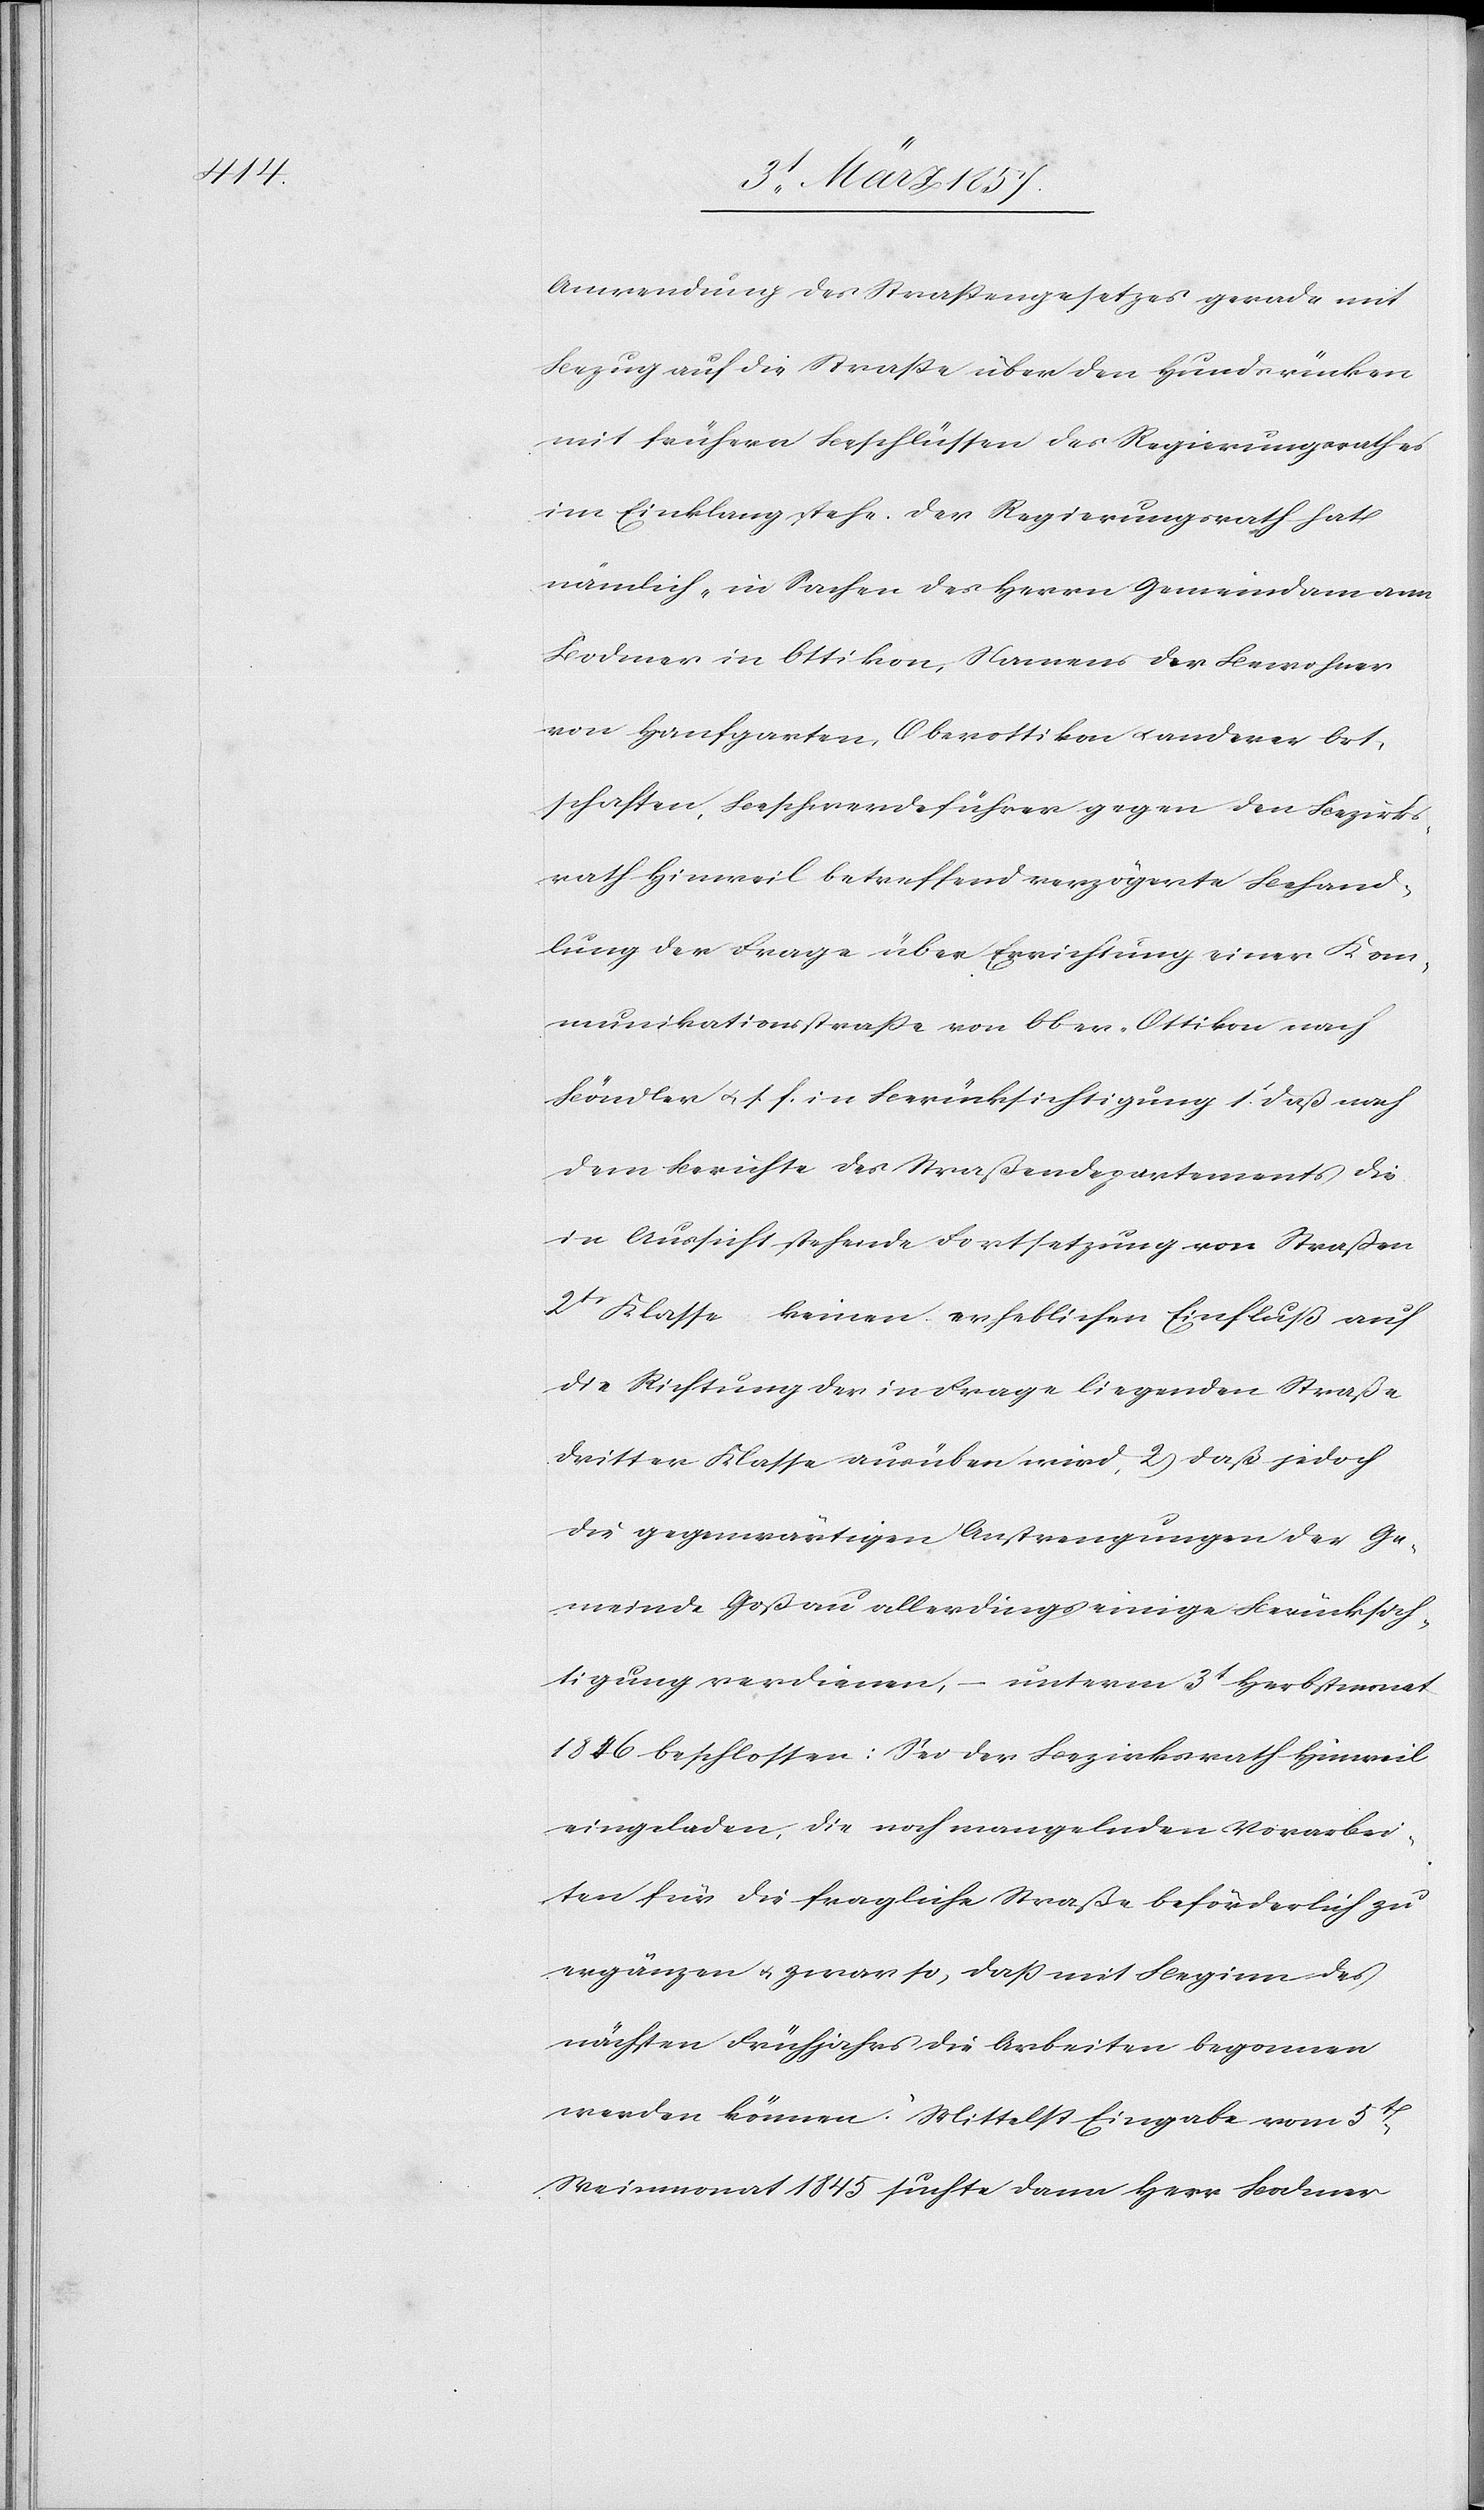
Anwendung des Straßengesetzes gerade mit
Bezug auf die Straße über den Hundsrücken
mit frühern Beschlüssen des Regierungsrathes
im Einklang stehe. Der Regierungsrath hat
nämlich, in Sachen des Herrn Gemeindamann
Bodmer in Ottikon, Namens der Bewohner
von Hanfgarten, Oberottikon u. andern Ort¬
schaften, Beschwerdeführer gegen den Bezirks¬
rath Hinweil betreffend verzögerte Behand¬
lung der Frage über Errichtung einer Kom¬
munikationsstraße von Ober-Ottikon nach
Böndler u. s. f. in Berücksichtigung 1t daß nach
dem Berichte des Straßendepartements die
in Aussicht stehende Fortsetzung von Straßen
2tr Klasse keinen erheblichen Einfluß auf
die Richtung der in Frage liegenden Straße
dritter Klasse ausüben wird, 2) daß jedoch
die gegenwärtigen Anstrengungen der Ge¬
meinde Goßau allerdings einige Berücksich¬
tigung verdienen, ( unterm 3t Herbstmonat
1816 beschlossen: Sei der Bezirksrath Hinweil
eingeladen, die noch mangelnden Vorarbei¬
ten für die fragliche Straße beförderlich zu
ergänzen u. zwar so, daß mit Beginn des
nächsten Frühjahrs die Arbeiten begonnen
werden können. Mittelst Eingabe vom 5t
Weinmonat 1845 suchte dann Herr Bodmer